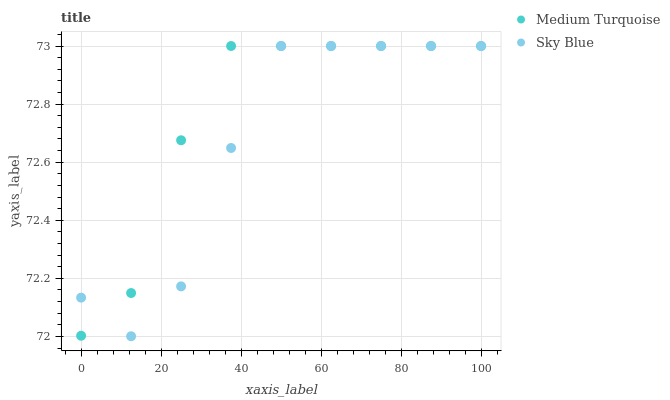
| xaxis_label | Medium Turquoise | Sky Blue |
 | --- | --- | --- |
 | 0 | 72 | 72.1 |
 | 12.5 | 72.1 | 72 |
 | 25 | 72.7 | 72.2 |
 | 37.5 | 73 | 72.6 |
 | 50 | 73 | 73 |
 | 62.5 | 73 | 73 |
 | 75 | 73 | 73 |
 | 87.5 | 73 | 73 |
 | 100 | 73 | 73 |